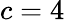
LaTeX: c=4